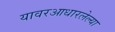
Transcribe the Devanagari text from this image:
यावरआधारलेल्या